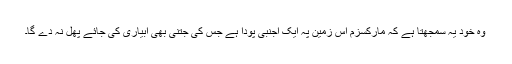
وہ خود یہ سمجھتا ہے کہ مارکسزم اس زمین پہ ایک اجنبی پودا ہے جس کی جتنی بھی آبیاری کی جائے پھل نہ دے گا۔